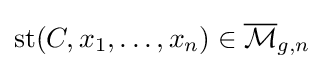
\mathrm {st} (C,x_{1},\ldots ,x_{n})\in {\overline {\mathcal {M}}}_{g,n}